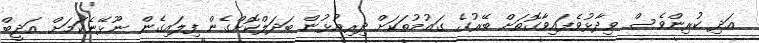
އަދި ކުރިންވެސް ވިދާޅުވެފައިވާގޮތަށް ބޭރުގެ ގައުމުތަކަށް ދިރިއުޅުން ބަދަލްކޮށްގެން ފިލައިގެން ނޫޅޭނެކަމަށް އަދީބް